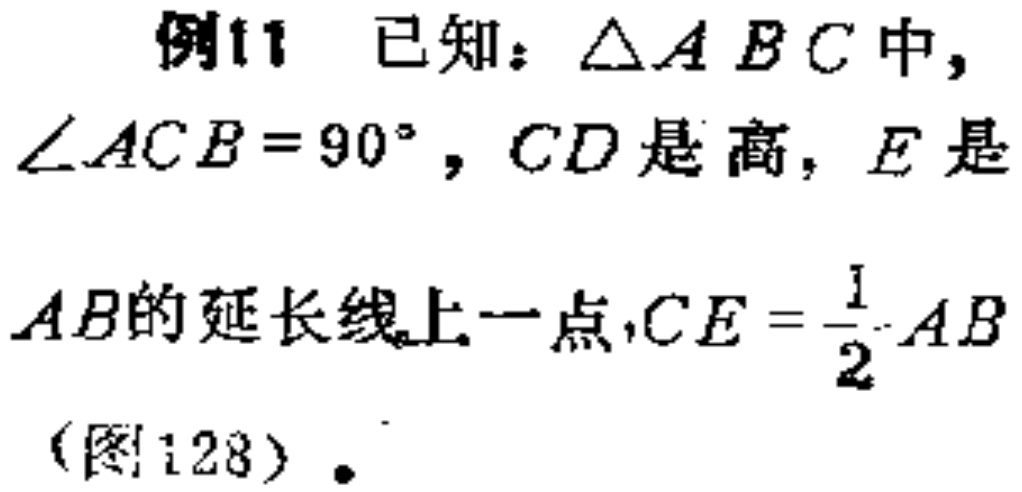
例11 已知：$\triangle ABC$中，$\angle ACB = 90^{\circ}$，$CD$是高，$E$是

$AB$的延长线上一点，$CE = \dfrac{1}{2}AB$

（图128）.